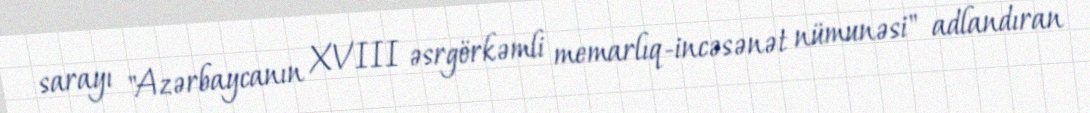
sarayı "Azərbaycanın XVIII əsrgörkəmli memarlıq-incəsənət nümunəsi" adlandıran